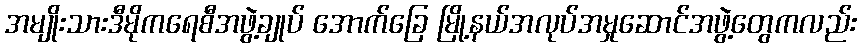
အမျိုးသားဒီမိုကရေစီအဖွဲ့ချုပ် အောက်ခြေ မြို့နယ်အလုပ်အမှုဆောင်အဖွဲ့တွေကလည်း